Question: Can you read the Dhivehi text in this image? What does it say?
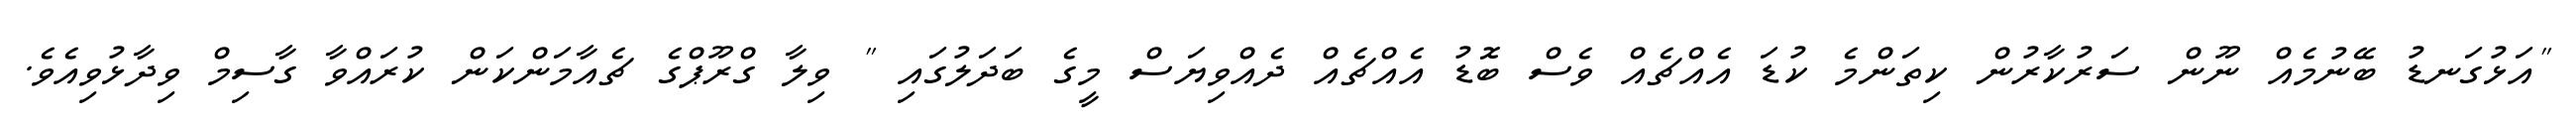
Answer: "އަޅުގަނޑު ބޭނުމެއް ނޫން ސަރުކާރުން ކިތަންމެ ކުޑަ އެއްޗެއް ވެސް ބޮޑު އެއްޗެއް ދެއްވިޔަސް މީގެ ބަދަލުގައި " ވިލާ ގްރޫޕްގެ ޗެއާމަންކަން ކުރައްވާ ގާސިމް ވިދާޅުވިއެވެ.